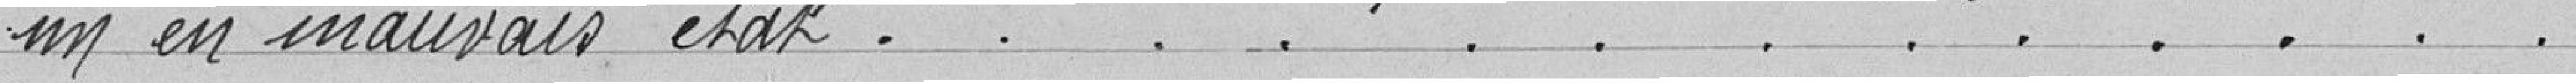
en mauvais état.....